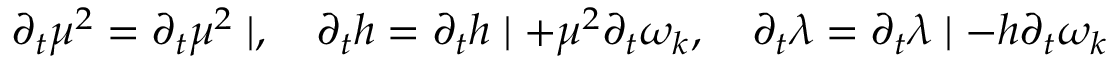
\partial _ { t } \mu ^ { 2 } = \partial _ { t } \mu ^ { 2 } \mid , \quad \partial _ { t } h = \partial _ { t } h \mid + \mu ^ { 2 } \partial _ { t } \omega _ { k } , \quad \partial _ { t } \lambda = \partial _ { t } \lambda \mid - h \partial _ { t } \omega _ { k }